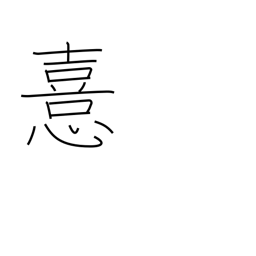
Meaning: prefer